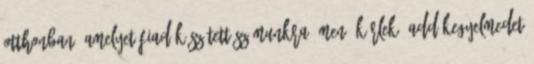
otthonban, amelyet Fiad készített számunkra Ámen. Kérlek, add kegyelmedet